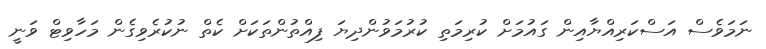
ނަމަވެސް އަސްކަރިއްޔާއިން ގައުމަށް ކުރިމަތި ކުރުމަވުންދިޔަ ފިއްތުންތަކަށް ކެތް ނުކުރެވިގެން މަހާވިޓް ވަނީ